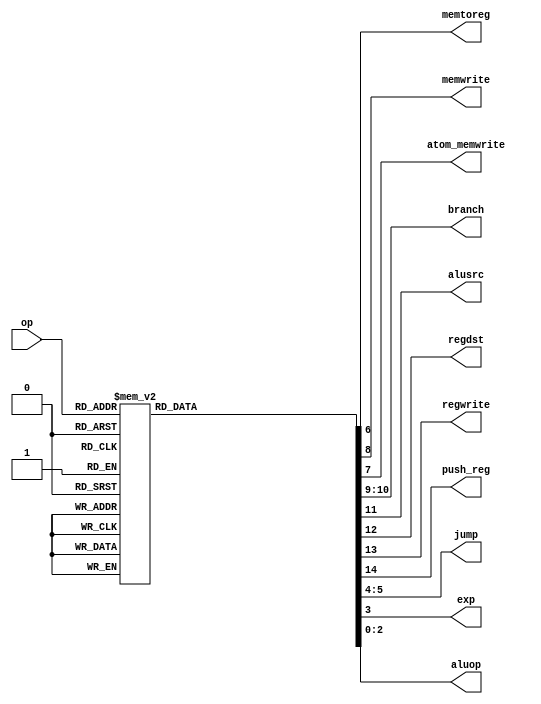
module maindec(input [5:0] op, 
               output memtoreg, memwrite, atom_memwrite,
               output [1:0] branch, 
               output alusrc, regdst, regwrite, push_reg,
               output [1:0] jump,
               output exp,
               output [2:0] aluop);
reg [14:0] controls;

assign {push_reg, regwrite, regdst, alusrc, branch, memwrite, atom_memwrite, memtoreg, jump, exp, aluop} = controls;
always@(*)
    case(op)
        6'b000000: controls <= 15'b011000000001010; //Rtype
        6'b100011: controls <= 15'b010100001001000; //LW
        6'b101011: controls <= 15'b000100100001000; //SW
        6'b000100: controls <= 15'b000001000001001; //BEQ
        6'b001000: controls <= 15'b010100000001000; //ADDI
        6'b000010: controls <= 15'b000000000101000; //J
        6'b001100: controls <= 15'b010100000000011; //andi
        6'b001101: controls <= 15'b010100000000100; //ori
        6'b001010: controls <= 15'b010100000001101; //slti
        6'b000101: controls <= 15'b000010000001001; //bne
        6'b000011: controls <= 15'b000000000111000; //jal
        6'b110000: controls <= 15'b110100001001000; //LL
        6'b111000: controls <= 15'b010100010001000; //SC
        default:   controls <= 15'bxxxxxxxxxxxxxxx;
    endcase
endmodule